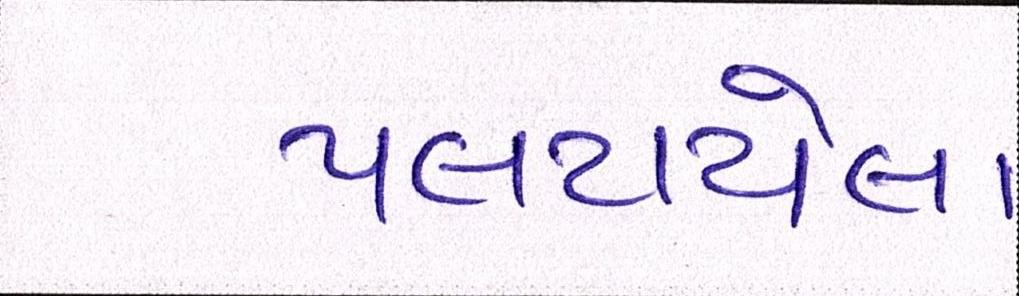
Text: પલટાયેલા